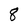
Character: 8